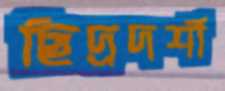
ছিদ্রদর্শী